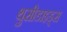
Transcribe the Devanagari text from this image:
थुसीडाइड्स